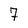
Character: 7